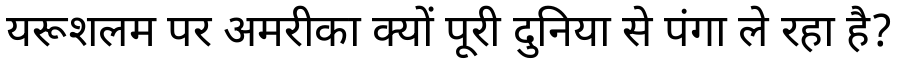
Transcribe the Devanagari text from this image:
यरूशलम पर अमरीका क्यों पूरी दुनिया से पंगा ले रहा है?